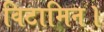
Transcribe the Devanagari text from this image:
विटामिन।